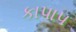
કાપાપ